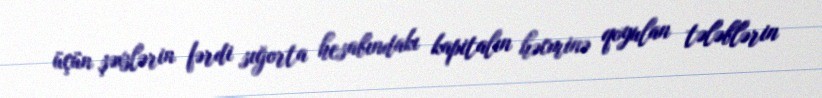
üçün şəxslərin fərdi sığorta hesabındakı kapitalın həcminə qoyulan tələblərin